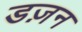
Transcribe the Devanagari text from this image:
डज़न